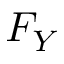
F _ { Y }